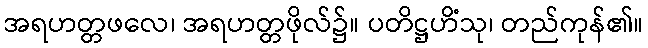
အရဟတ္တဖလေ၊ အရဟတ္တဖိုလ်၌။ ပတိဋ္ဌဟိံသု၊ တည်ကုန်၏။